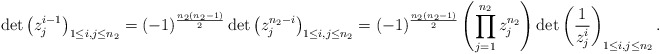
\begin{align*}\det \left(z_j^{i-1}\right)_{1\le i,j\le n_2}=(-1)^{\frac{n_2(n_2-1)}2}\det \left(z_j^{n_2-i}\right)_{1\le i,j\le n_2}=(-1)^{\frac{n_2(n_2-1)}2}\left(\prod\limits_{j=1}^{n_2}z_j^{n_2}\right)\det \left(\frac 1{z_j^i}\right)_{1\le i,j\le n_2}.\end{align*}